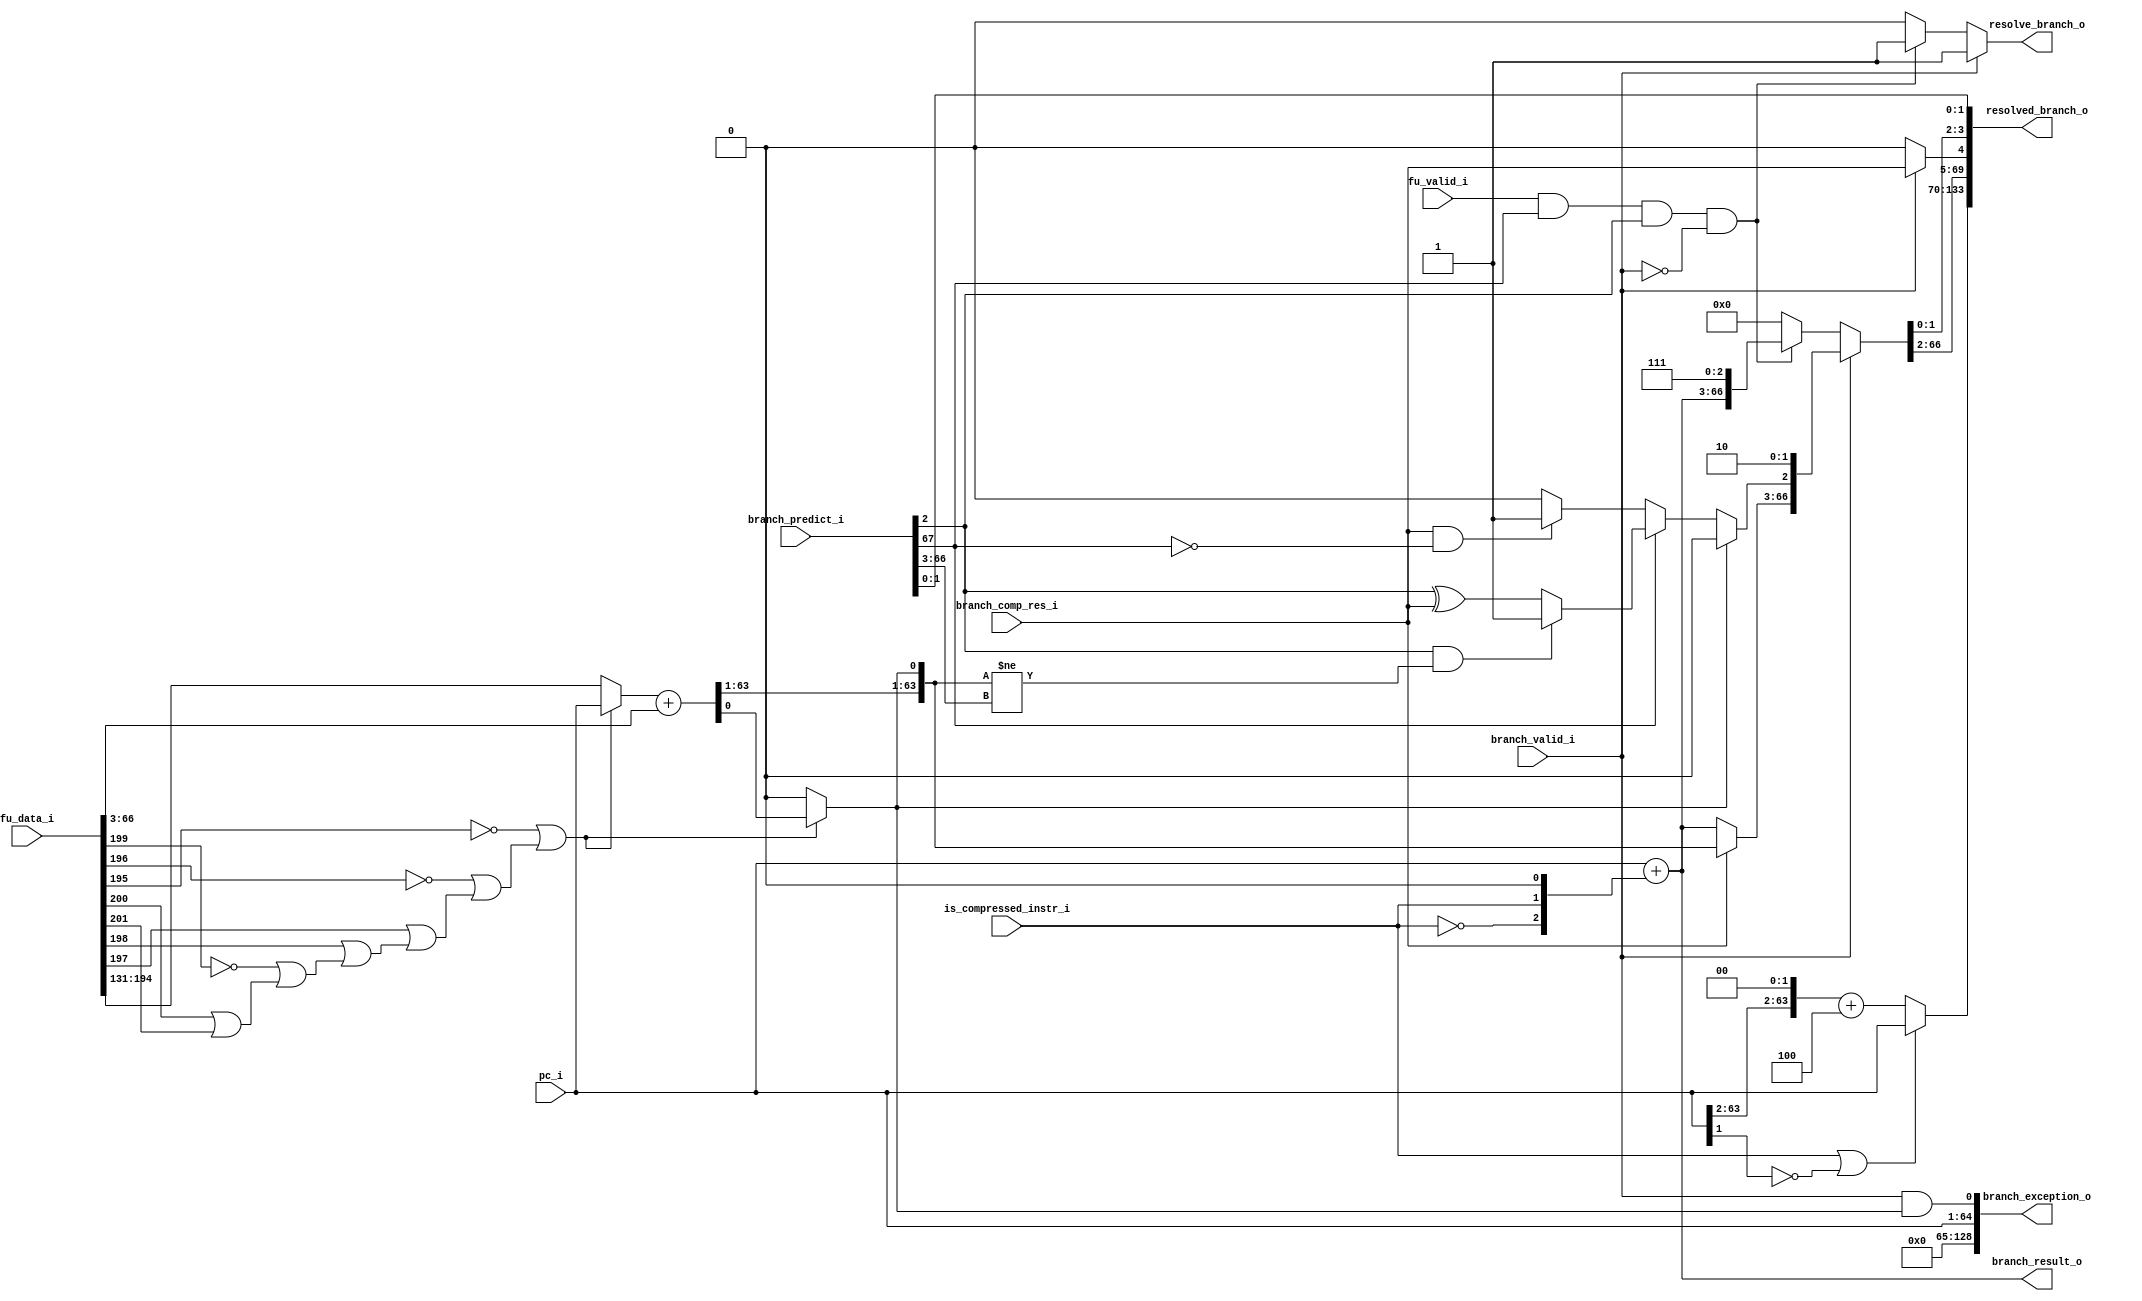
module branch_unit
(
  fu_data_i,
  pc_i,
  is_compressed_instr_i,
  fu_valid_i,
  branch_valid_i,
  branch_comp_res_i,
  branch_result_o,
  branch_predict_i,
  resolved_branch_o,
  resolve_branch_o,
  branch_exception_o
);

  input [205:0] fu_data_i;
  input [63:0] pc_i;
  output [63:0] branch_result_o;
  input [67:0] branch_predict_i;
  output [133:0] resolved_branch_o;
  output [128:0] branch_exception_o;
  input is_compressed_instr_i;
  input fu_valid_i;
  input branch_valid_i;
  input branch_comp_res_i;
  output resolve_branch_o;
  wire [63:0] branch_result_o,target_address;
  wire [133:0] resolved_branch_o;
  wire [128:0] branch_exception_o;
  wire resolve_branch_o,N0,N1,N2,N3,N4,N5,N6,N7,N8,N9,N10,N11,N12,N13,N14,N15,N16,N17,
  N18,N19,N20,N21,N22,N23,N24,N25,N26,N27,N28,N29,N30,N31,N32,N33,N34,N35,N36,N37,
  N38,N39,N40,N41,N42,N43,N44,N45,N46,N47,N48,N49,N50,N51,N52,N53,N54,N55,N56,N57,
  N58,N59,N60,N61,N62,N63,N64,N65,N66,N67,N68,N69,N70,N71,N72,N73,N74,N75,N76,N77,
  N78,N79,N80,N81,N82,N83,N84,N85,N86,N87,N88,N89,N90,N91,N92,N93,N94,N95,N96,N97,
  N98,N99,N100,N101,N102,N103,N104,N105,N106,N107,N108,N109,N110,N111,N112,N113,
  N114,N115,N116,N117,N118,N119,N120,N121,N122,N123,N124,N125,N126,N127,N128,N129,
  N130,N131,N132,N133,N134,N135,N136,N137,N138,N139,N140,N141,N142,N143,N144,N145,
  N146,N147,N148,N149,N150,N151,N152,N153,N154,N155,N156,N157,N158,N159,N160,N161,
  N162,N163,N164,N165,N166,N167,N168,N169,N170,N171,N172,N173,N174,N175,N176,N177,
  N178,N179,N180,N181,N182,N183,N184,N185,N186,N187,N188,N189,N190,N191,N192,N193,
  N194,N195,N196,N197,N198,N199,N200,N201,N202,N203,N204,N205,N206,N207,N208,N209,
  N210,N211,N212,N213,N214,N215,N216,N217,N218,N219,N220,N221,N222,N223,N224,N225,
  N226,N227,N228,N229,N230,N231,N232,N233,N234,N235,N236,N237,N238,N239;
  assign branch_exception_o[65] = 1'b0;
  assign branch_exception_o[66] = 1'b0;
  assign branch_exception_o[67] = 1'b0;
  assign branch_exception_o[68] = 1'b0;
  assign branch_exception_o[69] = 1'b0;
  assign branch_exception_o[70] = 1'b0;
  assign branch_exception_o[71] = 1'b0;
  assign branch_exception_o[72] = 1'b0;
  assign branch_exception_o[73] = 1'b0;
  assign branch_exception_o[74] = 1'b0;
  assign branch_exception_o[75] = 1'b0;
  assign branch_exception_o[76] = 1'b0;
  assign branch_exception_o[77] = 1'b0;
  assign branch_exception_o[78] = 1'b0;
  assign branch_exception_o[79] = 1'b0;
  assign branch_exception_o[80] = 1'b0;
  assign branch_exception_o[81] = 1'b0;
  assign branch_exception_o[82] = 1'b0;
  assign branch_exception_o[83] = 1'b0;
  assign branch_exception_o[84] = 1'b0;
  assign branch_exception_o[85] = 1'b0;
  assign branch_exception_o[86] = 1'b0;
  assign branch_exception_o[87] = 1'b0;
  assign branch_exception_o[88] = 1'b0;
  assign branch_exception_o[89] = 1'b0;
  assign branch_exception_o[90] = 1'b0;
  assign branch_exception_o[91] = 1'b0;
  assign branch_exception_o[92] = 1'b0;
  assign branch_exception_o[93] = 1'b0;
  assign branch_exception_o[94] = 1'b0;
  assign branch_exception_o[95] = 1'b0;
  assign branch_exception_o[96] = 1'b0;
  assign branch_exception_o[97] = 1'b0;
  assign branch_exception_o[98] = 1'b0;
  assign branch_exception_o[99] = 1'b0;
  assign branch_exception_o[100] = 1'b0;
  assign branch_exception_o[101] = 1'b0;
  assign branch_exception_o[102] = 1'b0;
  assign branch_exception_o[103] = 1'b0;
  assign branch_exception_o[104] = 1'b0;
  assign branch_exception_o[105] = 1'b0;
  assign branch_exception_o[106] = 1'b0;
  assign branch_exception_o[107] = 1'b0;
  assign branch_exception_o[108] = 1'b0;
  assign branch_exception_o[109] = 1'b0;
  assign branch_exception_o[110] = 1'b0;
  assign branch_exception_o[111] = 1'b0;
  assign branch_exception_o[112] = 1'b0;
  assign branch_exception_o[113] = 1'b0;
  assign branch_exception_o[114] = 1'b0;
  assign branch_exception_o[115] = 1'b0;
  assign branch_exception_o[116] = 1'b0;
  assign branch_exception_o[117] = 1'b0;
  assign branch_exception_o[118] = 1'b0;
  assign branch_exception_o[119] = 1'b0;
  assign branch_exception_o[120] = 1'b0;
  assign branch_exception_o[121] = 1'b0;
  assign branch_exception_o[122] = 1'b0;
  assign branch_exception_o[123] = 1'b0;
  assign branch_exception_o[124] = 1'b0;
  assign branch_exception_o[125] = 1'b0;
  assign branch_exception_o[126] = 1'b0;
  assign branch_exception_o[127] = 1'b0;
  assign branch_exception_o[128] = 1'b0;
  assign resolved_branch_o[1] = branch_predict_i[1];
  assign resolved_branch_o[0] = branch_predict_i[0];
  assign branch_exception_o[64] = pc_i[63];
  assign branch_exception_o[63] = pc_i[62];
  assign branch_exception_o[62] = pc_i[61];
  assign branch_exception_o[61] = pc_i[60];
  assign branch_exception_o[60] = pc_i[59];
  assign branch_exception_o[59] = pc_i[58];
  assign branch_exception_o[58] = pc_i[57];
  assign branch_exception_o[57] = pc_i[56];
  assign branch_exception_o[56] = pc_i[55];
  assign branch_exception_o[55] = pc_i[54];
  assign branch_exception_o[54] = pc_i[53];
  assign branch_exception_o[53] = pc_i[52];
  assign branch_exception_o[52] = pc_i[51];
  assign branch_exception_o[51] = pc_i[50];
  assign branch_exception_o[50] = pc_i[49];
  assign branch_exception_o[49] = pc_i[48];
  assign branch_exception_o[48] = pc_i[47];
  assign branch_exception_o[47] = pc_i[46];
  assign branch_exception_o[46] = pc_i[45];
  assign branch_exception_o[45] = pc_i[44];
  assign branch_exception_o[44] = pc_i[43];
  assign branch_exception_o[43] = pc_i[42];
  assign branch_exception_o[42] = pc_i[41];
  assign branch_exception_o[41] = pc_i[40];
  assign branch_exception_o[40] = pc_i[39];
  assign branch_exception_o[39] = pc_i[38];
  assign branch_exception_o[38] = pc_i[37];
  assign branch_exception_o[37] = pc_i[36];
  assign branch_exception_o[36] = pc_i[35];
  assign branch_exception_o[35] = pc_i[34];
  assign branch_exception_o[34] = pc_i[33];
  assign branch_exception_o[33] = pc_i[32];
  assign branch_exception_o[32] = pc_i[31];
  assign branch_exception_o[31] = pc_i[30];
  assign branch_exception_o[30] = pc_i[29];
  assign branch_exception_o[29] = pc_i[28];
  assign branch_exception_o[28] = pc_i[27];
  assign branch_exception_o[27] = pc_i[26];
  assign branch_exception_o[26] = pc_i[25];
  assign branch_exception_o[25] = pc_i[24];
  assign branch_exception_o[24] = pc_i[23];
  assign branch_exception_o[23] = pc_i[22];
  assign branch_exception_o[22] = pc_i[21];
  assign branch_exception_o[21] = pc_i[20];
  assign branch_exception_o[20] = pc_i[19];
  assign branch_exception_o[19] = pc_i[18];
  assign branch_exception_o[18] = pc_i[17];
  assign branch_exception_o[17] = pc_i[16];
  assign branch_exception_o[16] = pc_i[15];
  assign branch_exception_o[15] = pc_i[14];
  assign branch_exception_o[14] = pc_i[13];
  assign branch_exception_o[13] = pc_i[12];
  assign branch_exception_o[12] = pc_i[11];
  assign branch_exception_o[11] = pc_i[10];
  assign branch_exception_o[10] = pc_i[9];
  assign branch_exception_o[9] = pc_i[8];
  assign branch_exception_o[8] = pc_i[7];
  assign branch_exception_o[7] = pc_i[6];
  assign branch_exception_o[6] = pc_i[5];
  assign branch_exception_o[5] = pc_i[4];
  assign branch_exception_o[4] = pc_i[3];
  assign branch_exception_o[3] = pc_i[2];
  assign branch_exception_o[2] = pc_i[1];
  assign branch_exception_o[1] = pc_i[0];
  assign { target_address[63:1], N76 } = $signed({ N74, N73, N72, N71, N70, N69, N68, N67, N66, N65, N64, N63, N62, N61, N60, N59, N58, N57, N56, N55, N54, N53, N52, N51, N50, N49, N48, N47, N46, N45, N44, N43, N42, N41, N40, N39, N38, N37, N36, N35, N34, N33, N32, N31, N30, N29, N28, N27, N26, N25, N24, N23, N22, N21, N20, N19, N18, N17, N16, N15, N14, N13, N12, N11 }) + $signed(fu_data_i[66:3]);
  assign N215 = branch_predict_i[2] ^ branch_comp_res_i;
  assign N216 = target_address != branch_predict_i[66:3];
  assign N227 = ~pc_i[1];
  assign N228 = ~target_address[0];
  assign N229 = ~fu_data_i[199];
  assign N230 = ~fu_data_i[196];
  assign N231 = ~fu_data_i[195];
  assign N232 = fu_data_i[200] | fu_data_i[201];
  assign N233 = N229 | N232;
  assign N234 = fu_data_i[198] | N233;
  assign N235 = fu_data_i[197] | N234;
  assign N236 = N230 | N235;
  assign N237 = N231 | N236;
  assign N238 = ~N237;
  assign { N142, N141, N140, N139, N138, N137, N136, N135, N134, N133, N132, N131, N130, N129, N128, N127, N126, N125, N124, N123, N122, N121, N120, N119, N118, N117, N116, N115, N114, N113, N112, N111, N110, N109, N108, N107, N106, N105, N104, N103, N102, N101, N100, N99, N98, N97, N96, N95, N94, N93, N92, N91, N90, N89, N88, N87, N86, N85, N84, N83, N82, N81, N80, N79 } = { pc_i[63:2], 1'b0, 1'b0 } + { 1'b1, 1'b0, 1'b0 };
  assign branch_result_o = pc_i + { N75, is_compressed_instr_i, 1'b0 };
  assign { N74, N73, N72, N71, N70, N69, N68, N67, N66, N65, N64, N63, N62, N61, N60, N59, N58, N57, N56, N55, N54, N53, N52, N51, N50, N49, N48, N47, N46, N45, N44, N43, N42, N41, N40, N39, N38, N37, N36, N35, N34, N33, N32, N31, N30, N29, N28, N27, N26, N25, N24, N23, N22, N21, N20, N19, N18, N17, N16, N15, N14, N13, N12, N11 } = (N0)? fu_data_i[194:131] : 
                                                                                                                                                                                                                                                                                                                                              (N1)? pc_i : 1'b0;
  assign N0 = N238;
  assign N1 = N237;
  assign target_address[0] = (N0)? 1'b0 : 
                             (N1)? N76 : 1'b0;
  assign resolved_branch_o[133:70] = (N2)? pc_i : 
                                     (N78)? { N142, N141, N140, N139, N138, N137, N136, N135, N134, N133, N132, N131, N130, N129, N128, N127, N126, N125, N124, N123, N122, N121, N120, N119, N118, N117, N116, N115, N114, N113, N112, N111, N110, N109, N108, N107, N106, N105, N104, N103, N102, N101, N100, N99, N98, N97, N96, N95, N94, N93, N92, N91, N90, N89, N88, N87, N86, N85, N84, N83, N82, N81, N80, N79 } : 1'b0;
  assign N2 = N77;
  assign { N211, N210, N209, N208, N207, N206, N205, N204, N203, N202, N201, N200, N199, N198, N197, N196, N195, N194, N193, N192, N191, N190, N189, N188, N187, N186, N185, N184, N183, N182, N181, N180, N179, N178, N177, N176, N175, N174, N173, N172, N171, N170, N169, N168, N167, N166, N165, N164, N163, N162, N161, N160, N159, N158, N157, N156, N155, N154, N153, N152, N151, N150, N149, N148 } = (N3)? target_address : 
                                                                                                                                                                                                                                                                                                                                                                                                              (N4)? branch_result_o : 1'b0;
  assign N3 = branch_comp_res_i;
  assign N4 = N147;
  assign N219 = (N5)? 1'b1 : 
                (N218)? N215 : 1'b0;
  assign N5 = N217;
  assign N220 = (N6)? N219 : 
                (N225)? 1'b1 : 
                (N214)? 1'b0 : 1'b0;
  assign N6 = branch_predict_i[67];
  assign N221 = (N7)? N220 : 
                (N8)? 1'b0 : 1'b0;
  assign N7 = N228;
  assign N8 = target_address[0];
  assign { resolved_branch_o[69:5], resolved_branch_o[3:2] } = (N9)? { N211, N210, N209, N208, N207, N206, N205, N204, N203, N202, N201, N200, N199, N198, N197, N196, N195, N194, N193, N192, N191, N190, N189, N188, N187, N186, N185, N184, N183, N182, N181, N180, N179, N178, N177, N176, N175, N174, N173, N172, N171, N170, N169, N168, N167, N166, N165, N164, N163, N162, N161, N160, N159, N158, N157, N156, N155, N154, N153, N152, N151, N150, N149, N148, N221, branch_valid_i, 1'b0 } : 
                                                               (N223)? { branch_result_o, 1'b1, 1'b1, 1'b1 } : 
                                                               (N145)? { 1'b0, 1'b0, 1'b0, 1'b0, 1'b0, 1'b0, 1'b0, 1'b0, 1'b0, 1'b0, 1'b0, 1'b0, 1'b0, 1'b0, 1'b0, 1'b0, 1'b0, 1'b0, 1'b0, 1'b0, 1'b0, 1'b0, 1'b0, 1'b0, 1'b0, 1'b0, 1'b0, 1'b0, 1'b0, 1'b0, 1'b0, 1'b0, 1'b0, 1'b0, 1'b0, 1'b0, 1'b0, 1'b0, 1'b0, 1'b0, 1'b0, 1'b0, 1'b0, 1'b0, 1'b0, 1'b0, 1'b0, 1'b0, 1'b0, 1'b0, 1'b0, 1'b0, 1'b0, 1'b0, 1'b0, 1'b0, 1'b0, 1'b0, 1'b0, 1'b0, 1'b0, 1'b0, 1'b0, 1'b0, 1'b0, branch_valid_i, 1'b0 } : 1'b0;
  assign N9 = branch_valid_i;
  assign resolved_branch_o[4] = (N9)? branch_comp_res_i : 
                                (N222)? 1'b0 : 
                                (N10)? 1'b0 : 1'b0;
  assign N10 = 1'b0;
  assign resolve_branch_o = (N9)? 1'b1 : 
                            (N223)? 1'b1 : 
                            (N145)? 1'b0 : 1'b0;
  assign N75 = ~is_compressed_instr_i;
  assign N77 = is_compressed_instr_i | N227;
  assign N78 = ~N77;
  assign N143 = N239 & branch_predict_i[2];
  assign N239 = fu_valid_i & branch_predict_i[67];
  assign N144 = N143 | branch_valid_i;
  assign N145 = ~N144;
  assign N146 = branch_valid_i;
  assign N147 = ~branch_comp_res_i;
  assign N212 = N146 & N228;
  assign N213 = branch_comp_res_i | branch_predict_i[67];
  assign N214 = ~N213;
  assign N217 = branch_predict_i[2] & N216;
  assign N218 = ~N217;
  assign N222 = ~branch_valid_i;
  assign N223 = N143 & N222;
  assign N224 = ~branch_predict_i[67];
  assign N225 = branch_comp_res_i & N224;
  assign N226 = branch_valid_i & target_address[0];
  assign branch_exception_o[0] = N226;

endmodule